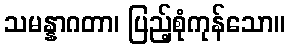
သမန္နာဂတာ၊ ပြည့်စုံကုန်သော။